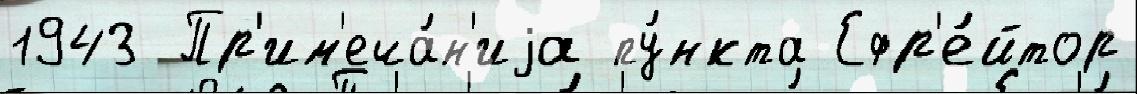
1943 Пр'им'еча́н'иjа пу́нкта Ефр'е́йтор